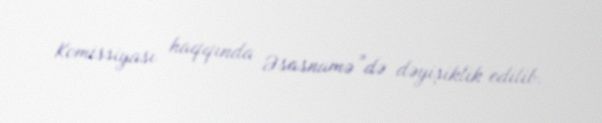
Komissiyası haqqında Əsasnamə”də dəyişiklik edilib.